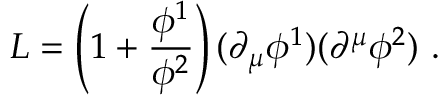
{ \cal L } = \left( 1 + \frac { \phi ^ { 1 } } { \phi ^ { 2 } } \right) ( \partial _ { \mu } \phi ^ { 1 } ) ( \partial ^ { \mu } \phi ^ { 2 } ) \ .